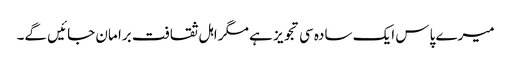
میرے پاس ایک سادہ سی تجویز ہے مگر اہل ثقافت برا مان جائیں گے۔